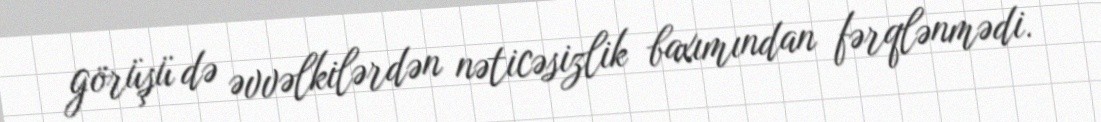
görüşü də əvvəlkilərdən nəticəsizlik baxımından fərqlənmədi.